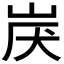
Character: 𱛟